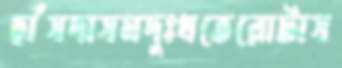
হাঁসদাসমদুঃখতেরোটাস